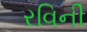
રવિની